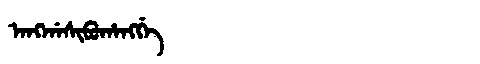
Manchu: ᠠᠩᡤᠠᠰᡳᠪᡠᡥᠠᠩᡤᡝ
Romanization: ANGGASIBUHANGGE